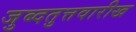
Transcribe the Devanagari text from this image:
जुब्दतुत्तवारीख